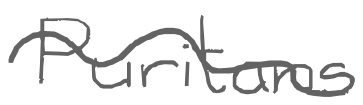
Text: Puritans
Cross-out: wave
Writing tool: digital_gray